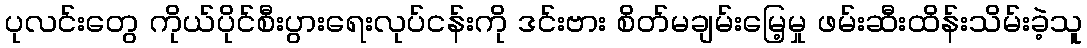
ပုလင်းတွေ ကိုယ်ပိုင်စီးပွားရေးလုပ်ငန်းကို ဒင်းဗား စိတ်မချမ်းမြေ့မှု ဖမ်းဆီးထိန်းသိမ်းခဲ့သူ